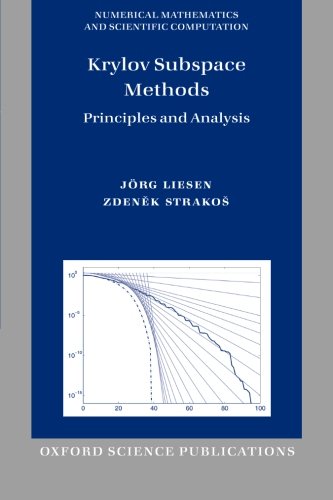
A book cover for Krylov Subspace Methods: Principles and Analysis (Numerical Mathematics & Scientific Computation); Jorg Liesen; Science & Math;